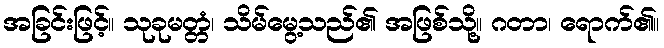
အခြင်းဖြင့်။ သုခုမတ္တံ၊ သိမ်မွေ့သည်၏ အဖြစ်သို့။ ဂတာ၊ ရောက်၏။